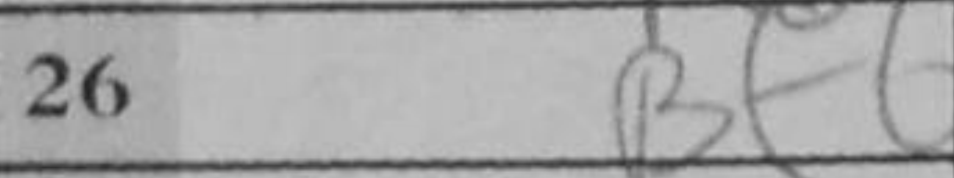
Transcription: Bf6